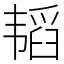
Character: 韬